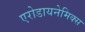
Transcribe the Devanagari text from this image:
एरोडायनेमिक्स